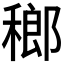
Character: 𱶞